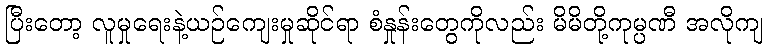
ပြီးတော့ လူမှုရေးနဲ့ယဉ်ကျေးမှုဆိုင်ရာ စံနှုန်းတွေကိုလည်း မိမိတို့ကုမ္ပဏီ အလိုကျ